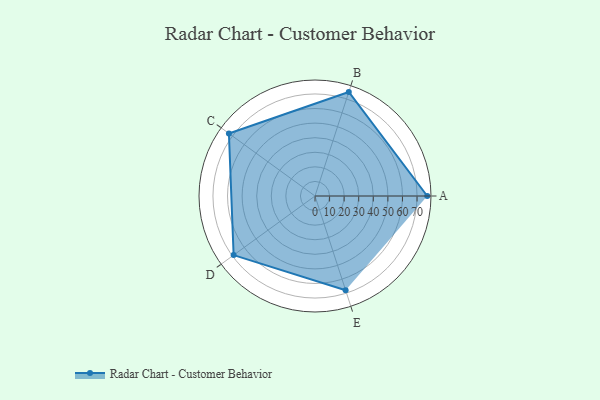
{"axis": {"x": "Skill", "y": "Score"}, "legend": ["Profile"], "data": [{"x": "A", "y": 77.0, "type": "Profile"}, {"x": "B", "y": 75.0, "type": "Profile"}, {"x": "C", "y": 73.0, "type": "Profile"}, {"x": "D", "y": 69.0, "type": "Profile"}, {"x": "E", "y": 68.0, "type": "Profile"}]}